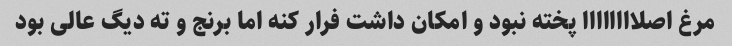
مرغ اصلاااااااا پخته نبود و امکان داشت فرار کنه اما برنج و ته دیگ عالی بود